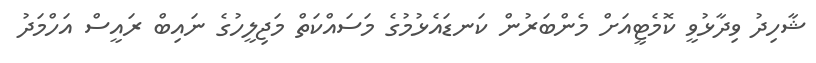
ޝާހިދު ވިދާޅުވީ ކޮމެޓީއަށް މެންބަރުން ކަނޑައެޅުމުގެ މަސައްކަތް މަޖިލީހުގެ ނައިބް ރައީސް އަހްމަދު